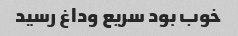
خوب بود سریع وداغ رسید